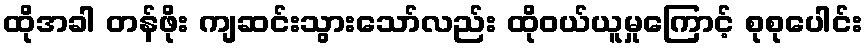
ထိုအခါ တန်ဖိုး ကျဆင်းသွားသော်လည်း ထိုဝယ်ယူမှုကြောင့် စုစုပေါင်း